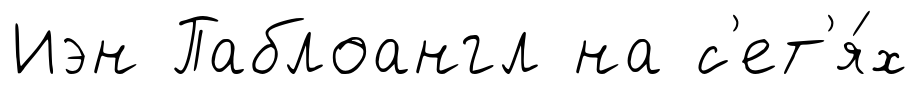
Иэн Паблоангл на с'ет'я́х